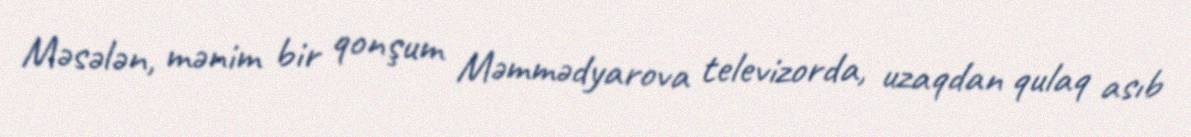
Məsələn, mənim bir qonşum Məmmədyarova televizorda, uzaqdan qulaq asıb